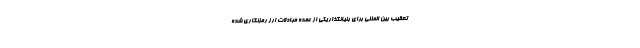
تعقیب بین المللی برای بنیانگذار یکی از عمده مبادلات ارز رمزنگاری شده